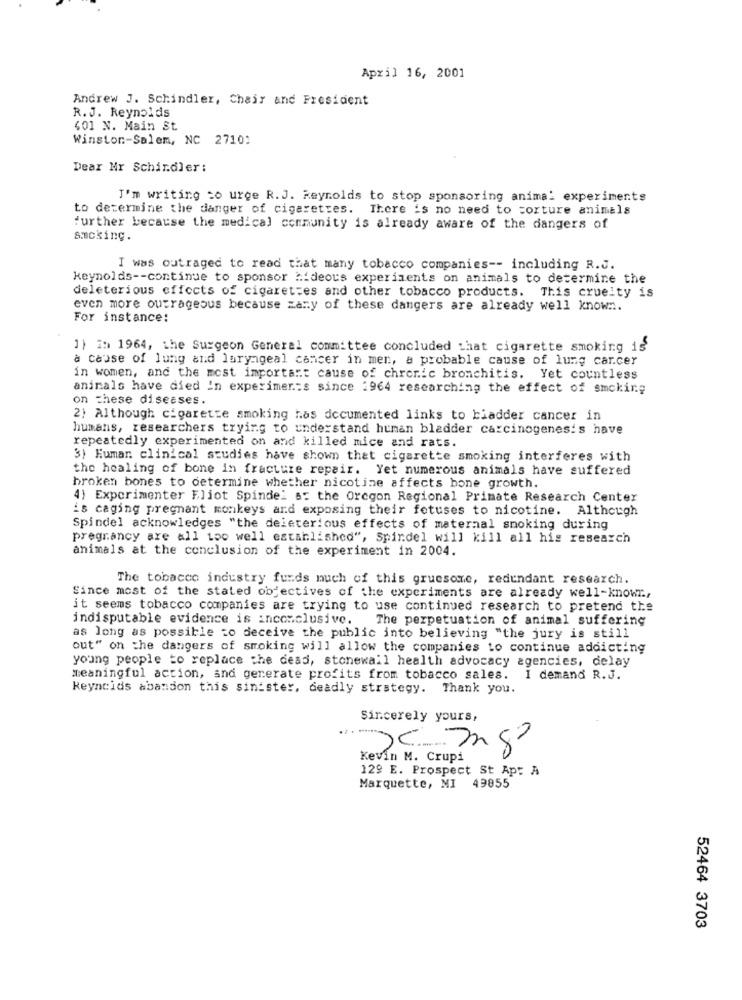
April 16, 2001
Andrew J. Schindler, Chair and President
R.J. Reynolds
401 N. Main St
Winston-Salem, NC 2710:
Dear Mr Schindler:
I'm writing to urge R.J. Reynolds to stop sponsoring animal experiments
to determine the danger of cigarettes. There is no need to torture animals
further because the medical community is already aware of the dangers of
smoking.
I was outraged to read that many tobacco companies -- including R.J.
keynolds -- continue to sponsor hideous experiments on animals to determine the
deleterious effects of cigarettes and other tobacco products. This cruelty is
even more outrageous because zany of these dangers are already well known.
For instance:
1) i= 1964, the Surgeon General committee concluded that cigarette smoking is
a cause of lung and laryngeal cancer in men, a probable cause of lung carcer
in women, and the most important cause of chronic bronchitis. Yet countless
animals have died in experimer:s since 1964 researching the effect of smoking
on these diseases.
2) Although cigarette smoking has documented links to bladder cancer in
humans, researchers trying to understand human bladder carcinogenesis have
repeatedly experimented on and killed mice and rats.
3) Euman clinical studies have shown that cigarette smoking interferes with
the healing of bone in fracture repair. Yet numerous animals have suffered
broken bones to determine whether nicotine affects bone growth.
4) Experimenter Eliot Spindel s: the Oregon Regional Primate Research Center
is caging pregnant monkeys and exposing their fetuses to nicotine. Although
Spindel acknowledges "the deleterious effects of maternal smoking during
pregrancy are all too well established", Spindel will kill all his research
animals at the conclusion of the experiment in 2004.
The tobacco industry funds much of this gruesome, redundant research.
Since most of the stated objectives of the experiments are already well-known .,
it seems tobacco companies are trying to use continued research to pretend the
indisputable evidence is inconclusive. The perpetuation of animal suffering
as long as possible to deceive the public into believing "the jury is still
out" on the dangers of smoking will allow the companies to continue addicting
young people to replace the dess, stonewall health advocacy agencies, delay
meaningful action, and generate profits from tobacco sales. I demand R.J.
keyneids abandon this sinister, deadly strategy. Thank you.
Sincerely yours,
20 mg
Kevin M. Crupi
129 E. Prospect St App A
Marquette, MI 49855
52464 3703